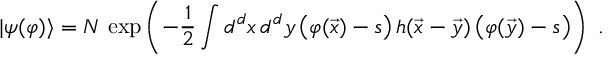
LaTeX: | \psi ( \varphi ) \rangle = { \cal N } \, \exp \left( - { \frac { 1 } { 2 } } \int d ^ { d } x \, d ^ { d } y \, \big ( \varphi ( { \vec { x } } ) - s \big ) \, h ( { \vec { x } } - { \vec { y } } ) \, \big ( \varphi ( { \vec { y } } ) - s \big ) \right) ~ .